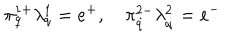
\pi _ { q } ^ { 1 + } \lambda _ { q } ^ { 1 } = e ^ { + } , \quad \pi _ { \dot { q } } ^ { 2 - } \lambda _ { \dot { q } } ^ { 2 } = e ^ { - }